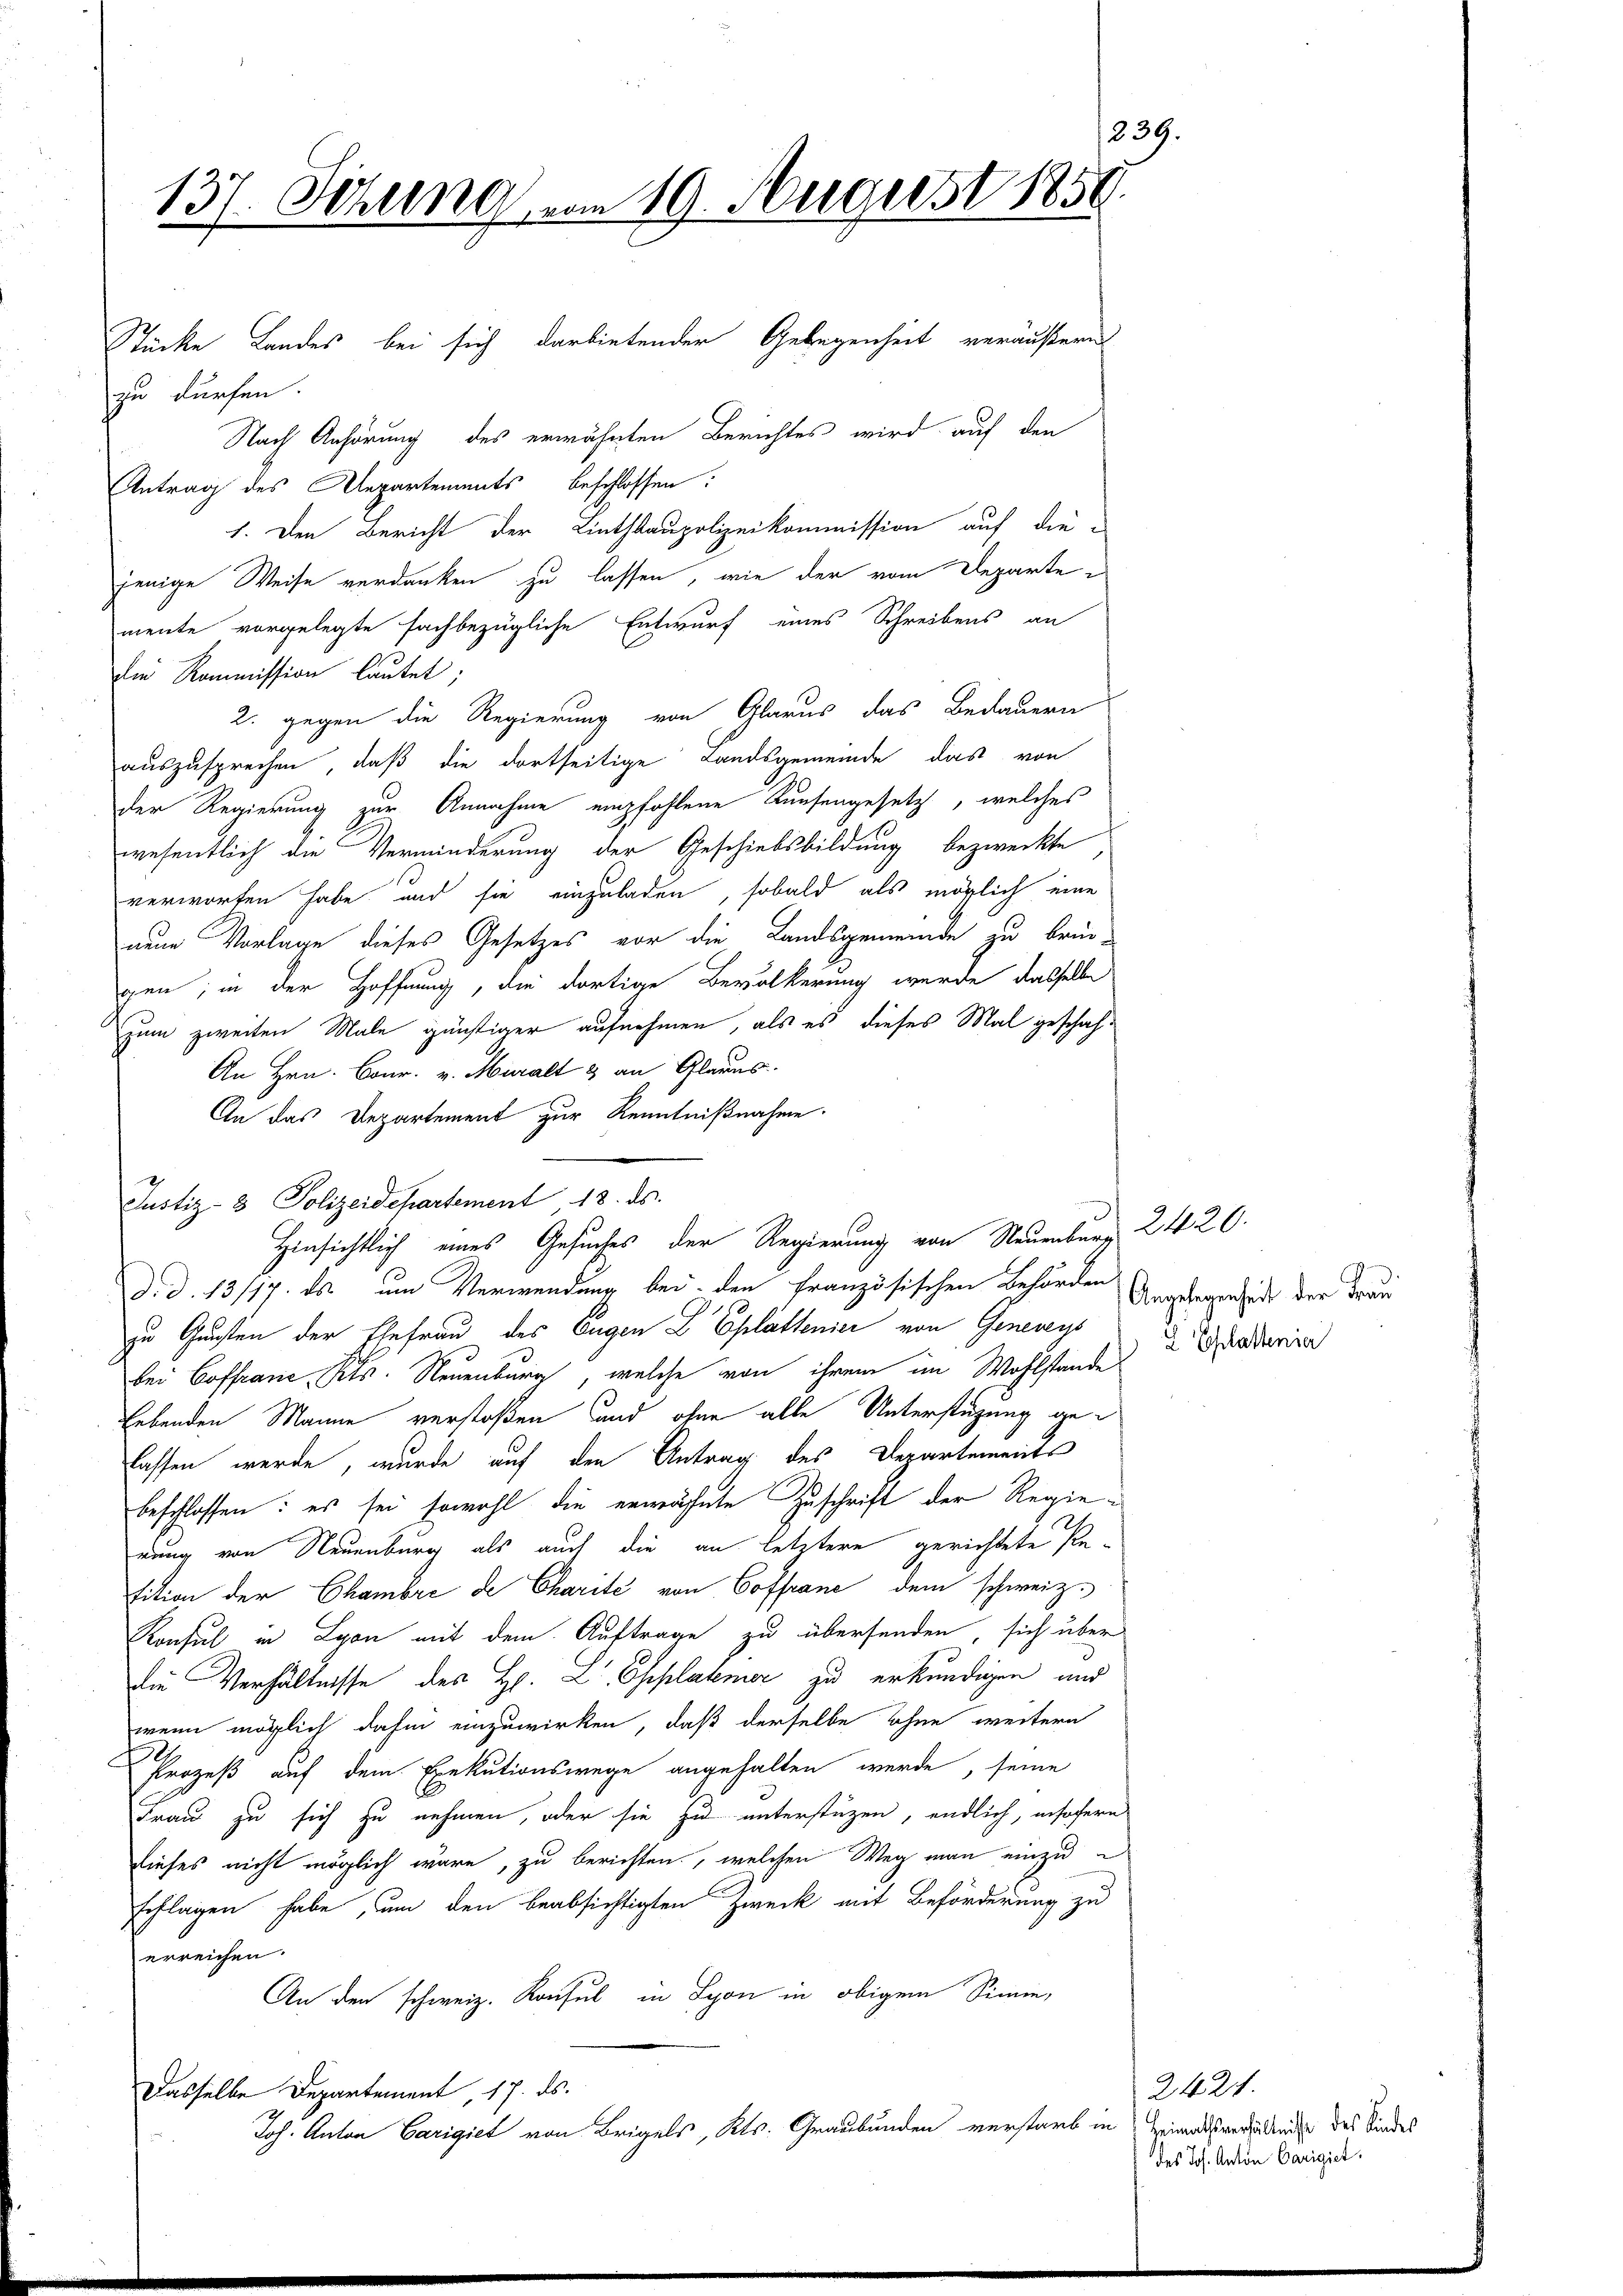
1239
137. Sitzung vom 19. August 1858.

Stücke Landes bei sich darbietender Gelegenheit veräußern
zu dürfen.
Nach Anhörung des erwähnten Berichtes wird auf den
Antrag des Departements beschlossen:
1. Den Bericht der Linthkaupolizeikommission auf die-
jenige Weise verdanken zu lassen, wie der vom Departemente vorgelegte fachbezügliche Entwurf eines Schreibens an
Die Kommission lautet;
2. gegen die Regierung von Glarus das Bedauern
auszusprechen, daß die dortseitige Landsgemeinde das von
der Regierung zur Annahme empfohlene Runsengesetz, welches
wesentlich die Verminderung der Geschiebsbildung bezweckte
verworfen habe und sie einzuladen, sobald als möglich eine
neue Vorlage dieses Gesetzes vor die Landsgemeinde zu bringen; in der Hoffnung, die dortige Bevölkerung wurde dasselbe
zum zweiten Male günstiger aufnehmen, als es dieses Mal geschah¬
An Hrn. Conr. v. Muralt & an Glarus.
An das Departement zur Kenntnißnahme.
Hinsichtlich eines Gesuches der Regierung von Neuenburg 2420.
d. d. 13/17. ds um Verwendung bei den französischen Behörden
zu Gunsten der Ehefrau des Eugen L. Eplattenier von Genereys
bei Coffranc, Kts. Neuenburg, welche von ihrem im Wohlstande
lebenden Manne verstoßen und ohne alle Unterstützung gelassen werde, wurde auf den Antrag des Departements
beschlossen: es sei sowohl die erwähnte Zuschrift der Regierung von Neuenburg als auch die an letztere gerichtete Petition der Chambre de Charité von Coffranc, dem schweiz.
Konsul in Lyon mit dem Auftrage zu übersenden, sich über
Die Verhältnisse des H. L. Ehplatener zu erkundigen und
wenn möglich dahin einzuwirken, daß derselbe ohne weitern
Prozeß auf dem Exekutionswege angehalten werde, seine
Frau zu sich zu nehmen, oder sie zu unterstüzen, endlich, insofern
dieses nicht möglich wäre, zu berichten, welchen Weg man einzuschlagen habe, um den beabsichtigten Zweck mit Beförderung zu
erreichen.
An den schweiz. Konsul in Lyon in obigem Simme,
Dasselbe Departement, 17. ds.
Joh. Anton Carigiet von Brigels, Kts. Graubünden verstarb in Heimatsveränden des Kindes

Justiz- & Polizeidepartement 18. ds.

Angelegenheit der Frau
2 Ehlattenia

2424.
des Jos. Anton Carigiet.